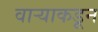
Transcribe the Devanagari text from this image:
वाऱ्याकडून